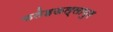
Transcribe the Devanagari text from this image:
फतेहऊल्लापुर